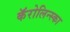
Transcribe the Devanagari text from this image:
कॅरोलिन्स्का